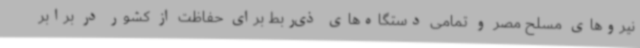
نیروهای مسلح مصر و تمامی دستگاه‌های ذی‌ربط برای حفاظت از کشور در برابر